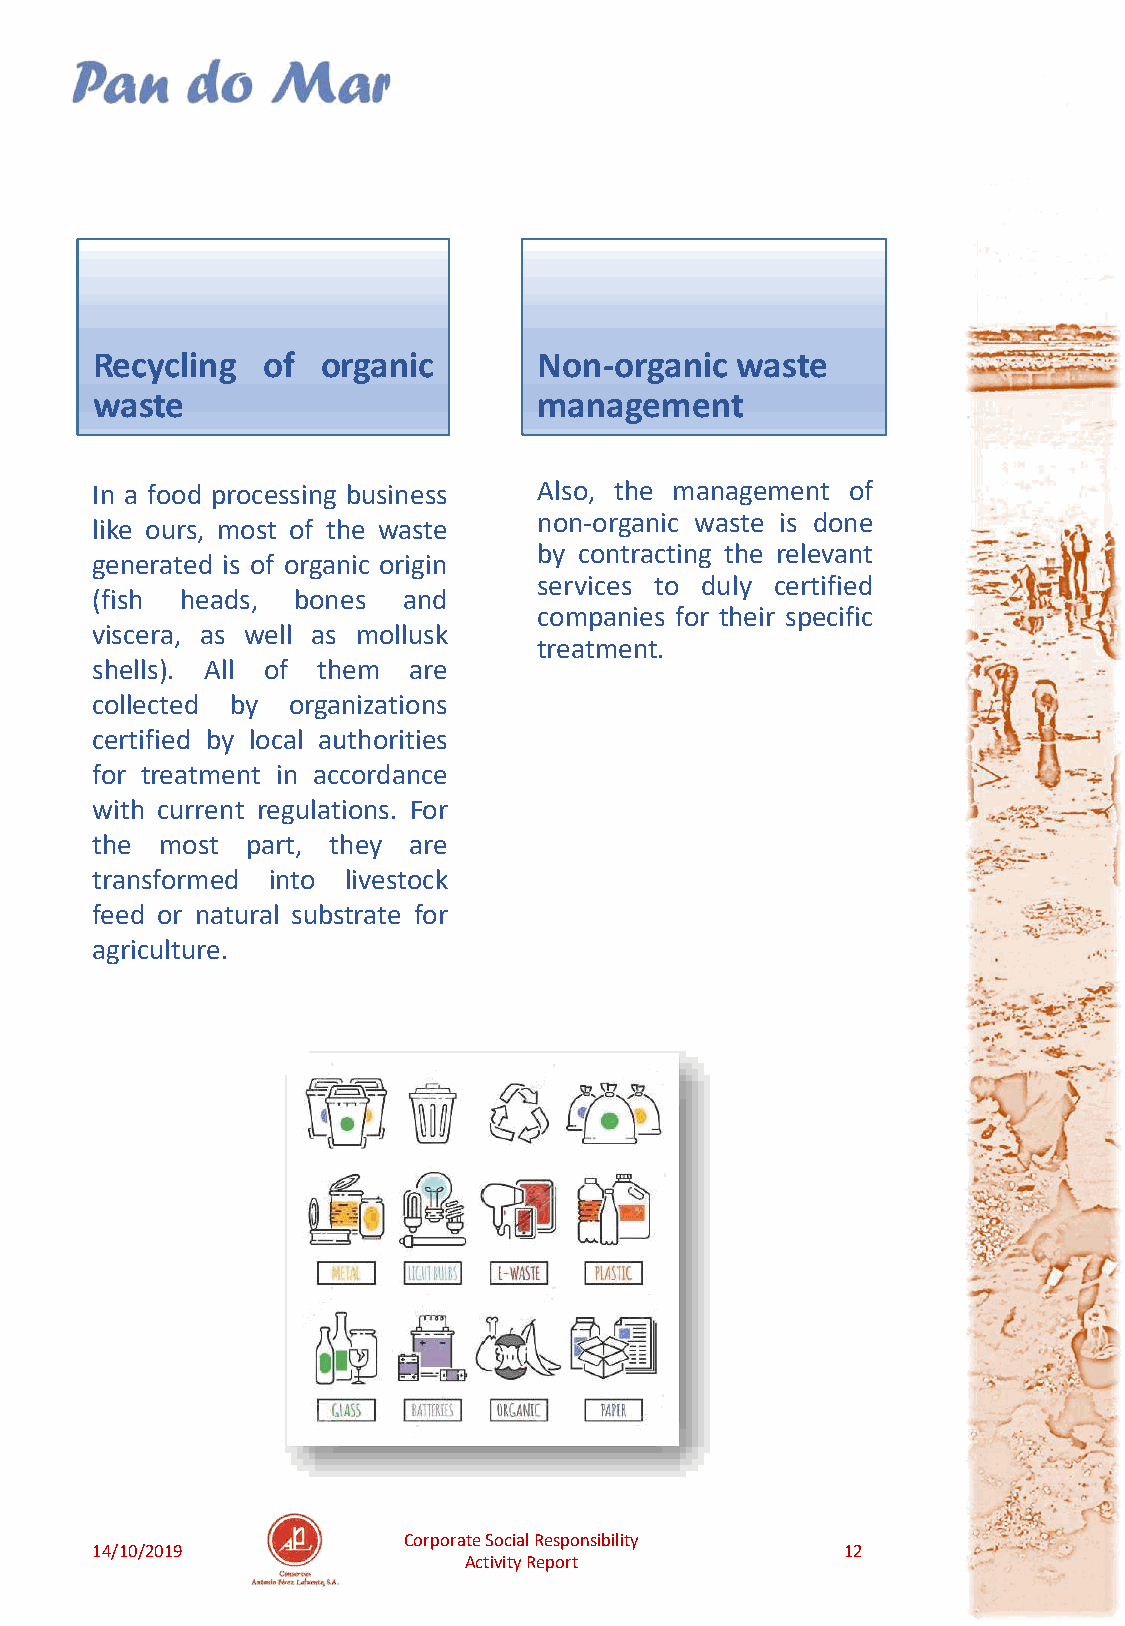
Recycling  of  organic        Non-organic  waste
 waste                         management
 In a food processing business Also, the management of
 non-organic waste is done
 like ours, most of the waste
 by contracting the relevant
 generated is of organic origin
 services to duly certified
 (fish heads, bones   and
 companies for their specific
 viscera, as well as mollusk
 treatment.
 shells). All of them are
 collected by organizations
 certified by local authorities
 for treatment in accordance
 with current regulations. For
 the  most part, they are
 transformed into livestock
 feed or natural substrate for
 agriculture.
 Corporate Social Responsibility
 14/10/2019                                        12
 Activity Report